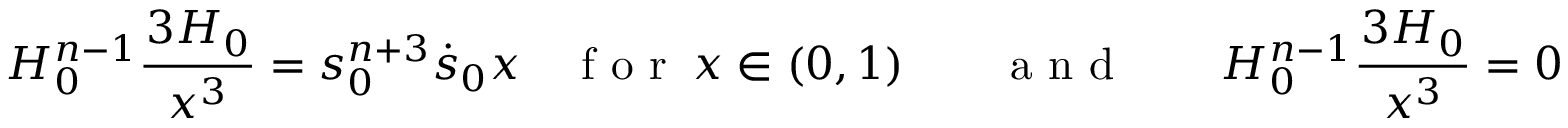
H _ { 0 } ^ { n - 1 } \frac { \d ^ { 3 } H _ { 0 } } { \d x ^ { 3 } } = s _ { 0 } ^ { n + 3 } \dot { s } _ { 0 } x \quad \mathrm { ~ f ~ o ~ r ~ } \ x \in ( 0 , 1 ) \qquad \mathrm { ~ a ~ n ~ d ~ } \qquad H _ { 0 } ^ { n - 1 } \frac { \d ^ { 3 } H _ { 0 } } { \d x ^ { 3 } } = 0 \quad \mathrm { ~ a ~ t ~ } \ x = 1 ,